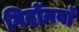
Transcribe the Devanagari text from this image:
गिर्दोनवाॅ